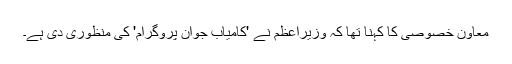
معاون خصوصی کا کہنا تھا کہ وزیراعظم نے 'کامیاب جوان پروگرام' کی منظوری دی ہے۔